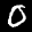
Label: 0